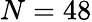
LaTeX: N=48